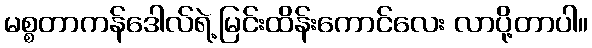
မစ္စတာကန်ဒေါလ်ရဲ့မြင်းထိန်းကောင်လေး လာပို့တာပါ။